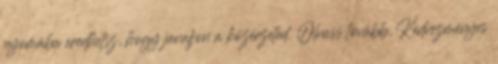
nyomába eredhetsz, hogy javuljon a közérzeted. Olvass tovább. Kedvezményes